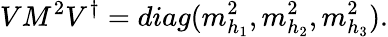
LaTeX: VM^{2}V^{\dagger}=diag(m_{h_{1}}^{2},m_{h_{2}}^{2},m_{h_{3}}^{2}).